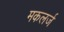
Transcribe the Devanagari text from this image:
मकलर्ज